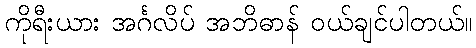
ကိုရီးယား အင်္ဂလိပ် အဘိဓာန် ဝယ်ချင်ပါတယ်။